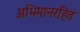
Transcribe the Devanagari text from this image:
अभिमानरहित